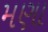
મણા